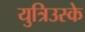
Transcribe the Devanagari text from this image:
युत्रिउस्के